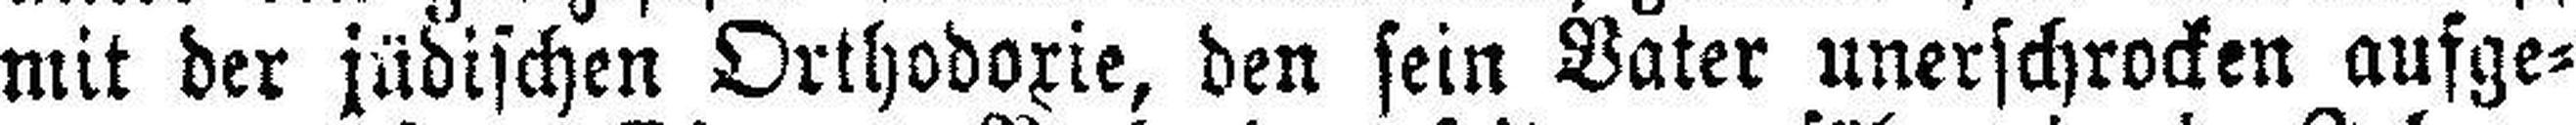
mit der jüdischen Orthodoxie, den sein Vater unerschrocken aufge¬